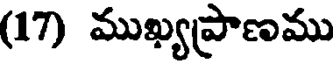
(17) ముఖ్యప్రాణము